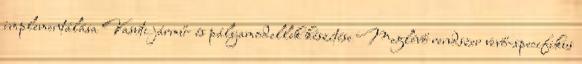
implementálása Vasúti jármű- és pályamodellek készítése Meglévő rendszer vevő-specifikus